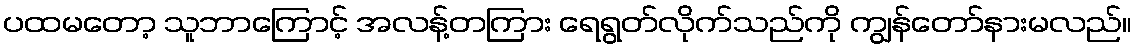
ပထမတော့ သူဘာကြောင့် အလန့်တကြား ရေရွတ်လိုက်သည်ကို ကျွန်တော်နားမလည်။